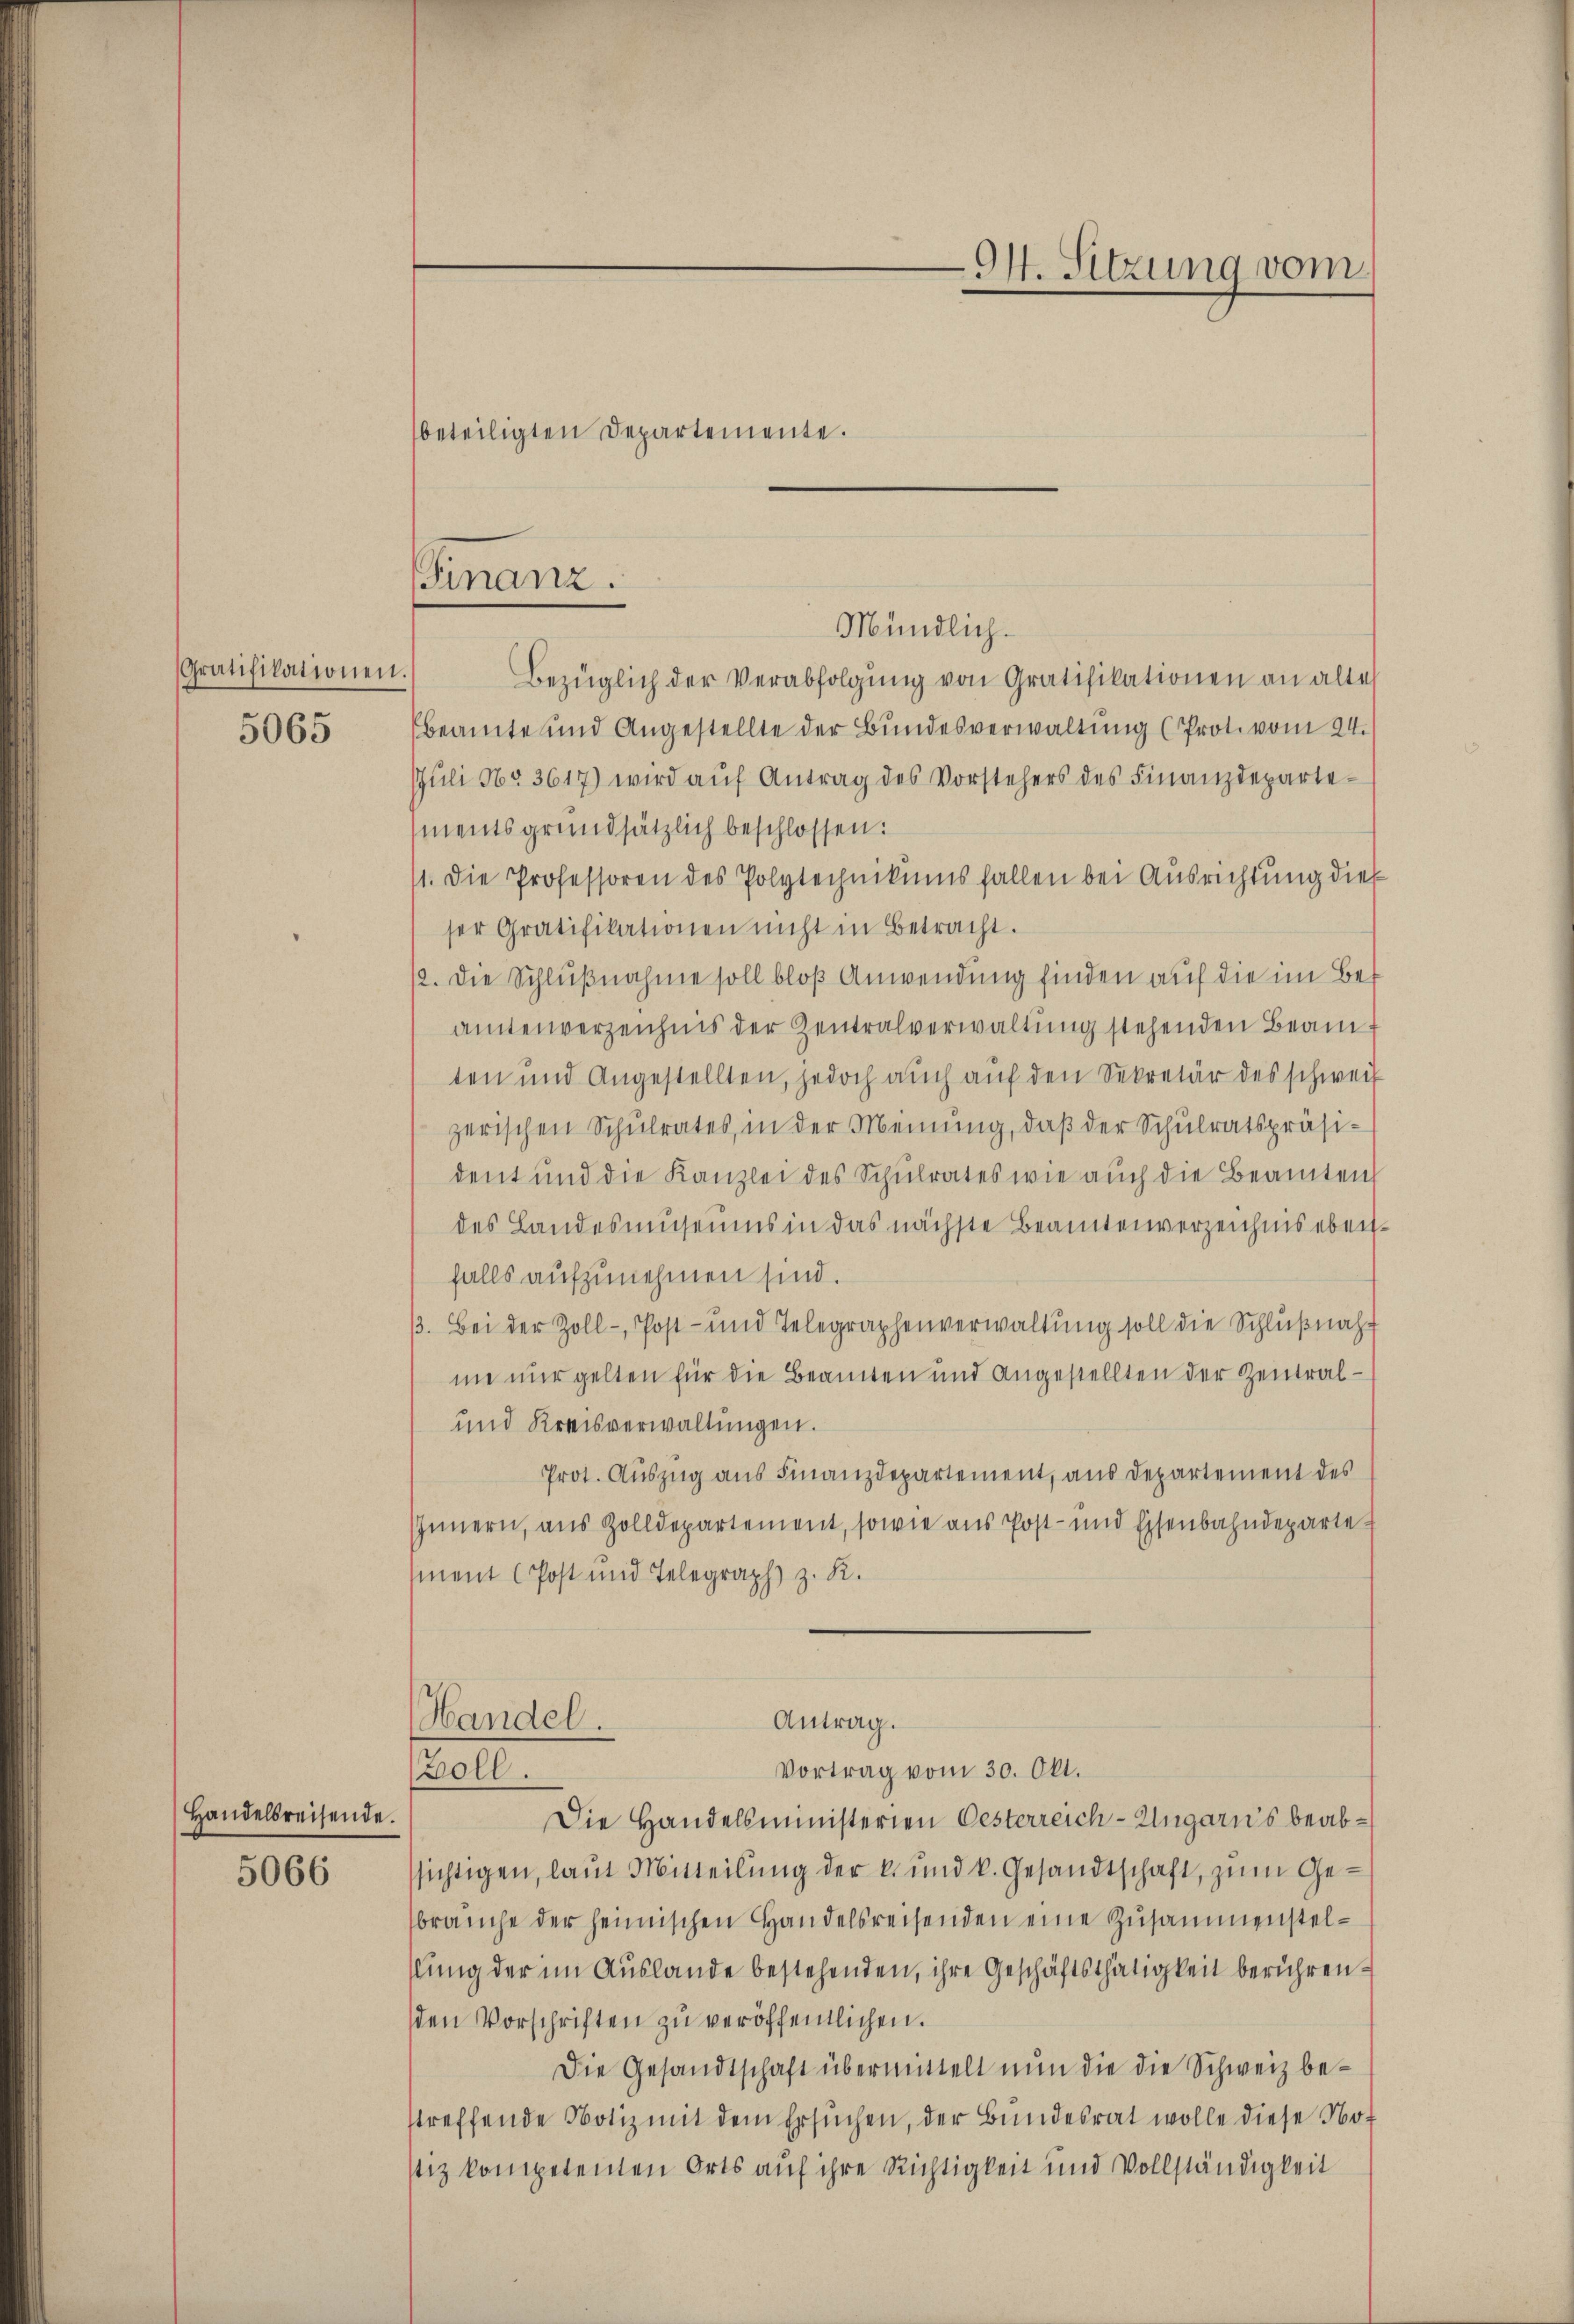
Gratifikationen.
5065

Handelsreisende.
5066

beteiligten Departemente.

Finanz.
Mündlich.

94. Sitzung vom

Bezüglich der Verabfolgung von Gratifikationen an alte
Ebeamte und Angestellte der Bundesverwaltung (Prot. vom 24.
Jŭli No 3617) wird aŭf Antrag des Vorstehers des Finanzdeparte-
mentsgrundsätzlich beschlossen:
1. Die Professoren des Polytechnikumsfallen bei Ausrichtung dies
ser Gratifikationen nicht in Betracht.
12. Die Schlußnahme soll bloß Anwendung finden auf die im Beamtenverzeichnis der Zentralverwaltung stehenden Beamten und Angestellten, jedoch auch auf den Sekretär des schweiz
zerischen Schulrates, in der Meinung, daß der Schulratspräsident und die Kanzlei des Schulrates wie auch die Beamten
des Landesmuseums in das nächste Beamtenverzeichnis eben
falls aufzunehmen sind.
ß. Bei der Zoll - Post- und Telegraphenverwaltung soll die Schlußnahne nur gelten für die Beamten und Angestellten der Zentral¬
und Kreisverwaltungen.
Prot. Auszug aus Finanzdepartement, aus Departement des
Innern, aus Zolldepartement, sowie aus Post- und Eisenbahndeparte
ment (Post und Telegraph z. R.
Antrag.
Handel.
Vortrag vom 30. Okt.
Boll.
Die Handelsministerien Oesterreich-Ungaris beabsichtigen, laut Mitteilung der k. und k. Gesandtschaft, zum Gebraŭche der heimischen Handelsreisenden eine Zusammenstelslung der im Auslande bestehenden, ihre Geschäftsthätigkeit berührenden Vorschriften zu veröffentlichen.
Die Gesandtschaft übermittelt nun die die Schweiz bestreffende Notiz mit dem Ersuchen, der Bundesrat wolle diese Not
stiz kompetenten Orts auf ihre Richtigkeit und Vollständigkeit